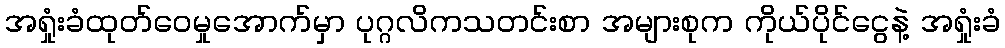
အရှုံးခံထုတ်ဝေမှုအောက်မှာ ပုဂ္ဂလိကသတင်းစာ အများစုက ကိုယ်ပိုင်ငွေနဲ့ အရှုံးခံ